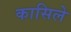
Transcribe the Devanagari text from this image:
कासिले